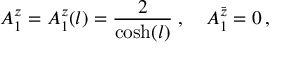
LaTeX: A _ { 1 } ^ { z } = A _ { 1 } ^ { z } ( l ) = \frac { 2 } { \cosh ( l ) } \; , \quad A _ { 1 } ^ { \bar { z } } = 0 \, ,